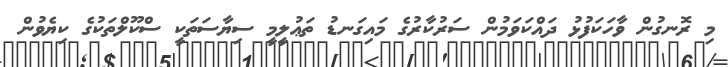
މި ރޮނގުން ވާހަކަފުޅު ދައްކަވަމުން ސަރުކާރުގެ މައިގަނޑު ތަޢުލީމީ ސިޔާސަތަކީ ސްކޫލްތަކުގެ ކިޔެވުން